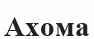
Ахома